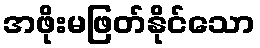
အဖိုးမဖြတ်နိုင်သော